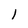
Character: l